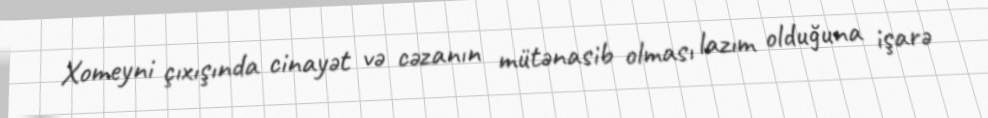
Xomeyni çıxışında cinayət və cəzanın mütənasib olması lazım olduğuna işarə